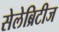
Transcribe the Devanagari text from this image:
सेलेब्रिटीज